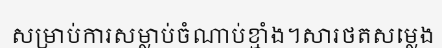
សម្រាប់ការសម្លាប់ចំណាប់ខ្មាំង។សារថតសម្លេង